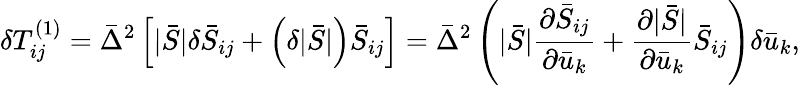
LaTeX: \delta T_{ij}^{\left(1\right)}={{\bar{\Delta}}^{2}}\left[{|\bar{S}|\delta{{\bar{S}}_{ij}}+\left({\delta|\bar{S}|}\right){{\bar{S}}_{ij}}}\right]={{\bar{\Delta}}^{2}}\left({|\bar{S}|\frac{{\partial{{\bar{S}}_{ij}}}}{{\partial{{\bar{u}}_{k}}}}+\frac{{\partial|\bar{S}|}}{{\partial{{\bar{u}}_{k}}}}{{\bar{S}}_{ij}}}\right)\delta{{\bar{u}}_{k}},